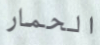
الحمار